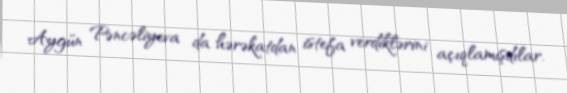
Aygün Pəncəliyeva da hərəkatdan istefa verdiklərini açıqlamışdılar.